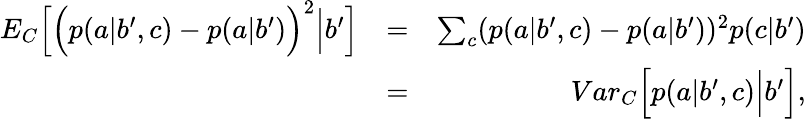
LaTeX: \begin{array}{rlr}{{E}_{C}\Big[\Big(p(a|b^{\prime},c)-p(a|b^{\prime})\Big)^{2}\Big|b^{\prime}\Big]}&{=}&{\sum_{c}(p(a|b^{\prime},c)-p(a|b^{\prime}))^{2}p(c|b^{\prime})}\\ &{=}&{{Var}_{C}\Big[p(a|b^{\prime},c)\Big|b^{\prime}\Big],}\end{array}